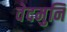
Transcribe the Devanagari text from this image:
वेदमुनि